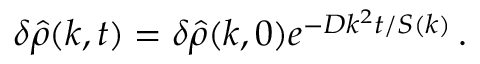
\begin{array} { r } { \delta \hat { \rho } ( k , t ) = \delta \hat { \rho } ( k , 0 ) e ^ { - D k ^ { 2 } t / S ( k ) } \, . } \end{array}